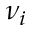
\nu _ { i }